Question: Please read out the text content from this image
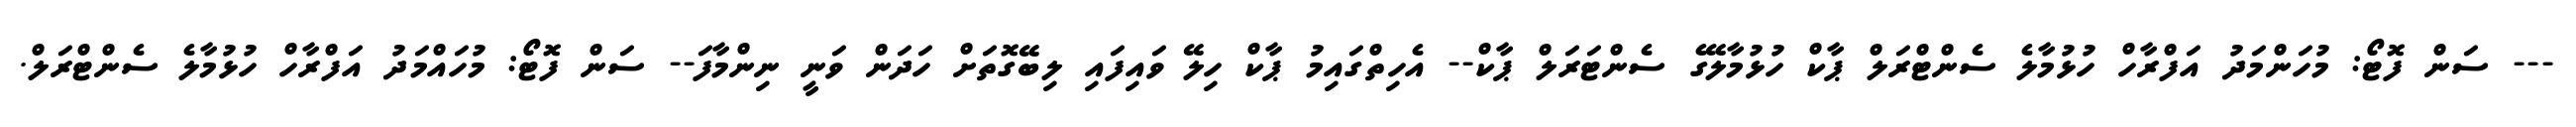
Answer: --- ސަން ފޮޓޯ: މުހަންމަދު އަފްރާހް ހުޅުމާލެ ސެންޓްރަލް ޕާކް ހުޅުމާލޭގެ ސެންޓަރަލް ޕާކް-- އެހިތްގައިމު ޕާކް ހިލޭ ވައިފައި ލިބޭގޮތަށް ހަދަން ވަނީ ނިންމާފަ-- ސަން ފޮޓޯ: މުހައްމަދު އަފްރާހް ހުޅުމާލެ ސެންޓްރަލް.